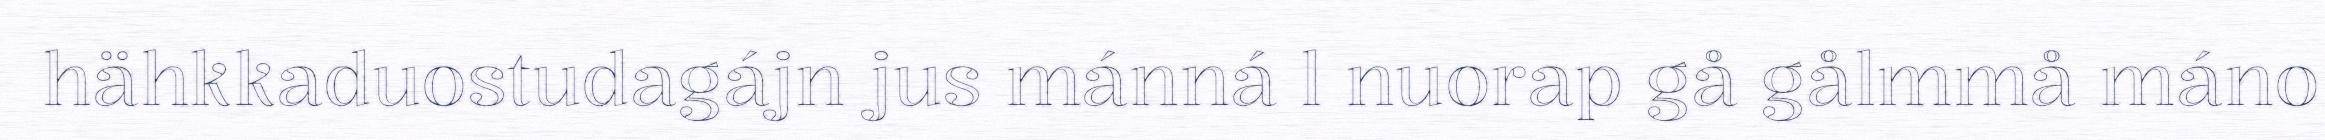
hähkkaduostudagájn jus mánná l nuorap gå gålmmå máno